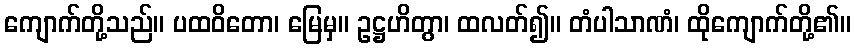
ကျောက်တို့သည်။ ပထဝိတော၊ မြေမှ။ ဥဋ္ဌဟိတွာ၊ ထလတ်၍။ တံပါသာဏံ၊ ထိုကျောက်တို့၏။